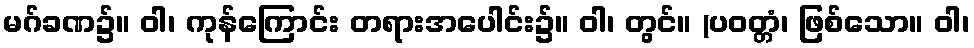
မဂ်ခဏ၌။ ဝါ၊ ကုန်ကြောင်း တရားအပေါင်း၌။ ဝါ၊ တွင်။ (ပဝတ္တံ၊ ဖြစ်သော။ ဝါ၊